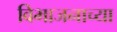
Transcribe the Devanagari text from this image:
विभाजनाच्या